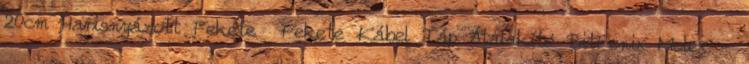
20cm Harisnyázott Fekete Fekete Kábel Táp Átalakító BitFenix Molex -